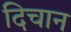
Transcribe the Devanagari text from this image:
दिचान